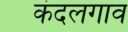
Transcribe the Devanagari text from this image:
कंदलगाव